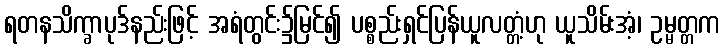
ရတနသိက္ခာပုဒ်နည်းဖြင့် အရံတွင်း၌မြင်၍ ပစ္စည်းရှင်ပြန်ယူလတ္တံ့ဟု ယူသိမ်းအံ့၊ ဥမ္မတ္တက